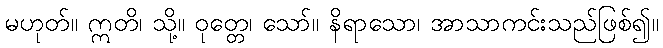
မဟုတ်။ ဣတိ၊ သို့။ ဝုတ္တေ၊ သော်။ နိရာသော၊ အာသာကင်းသည်ဖြစ်၍။